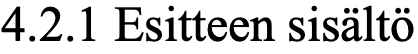
4.2.1 Esitteen sisältö